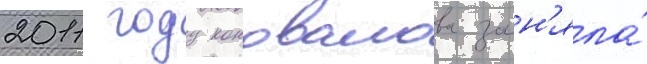
2011 году коновалова зан'яла́